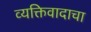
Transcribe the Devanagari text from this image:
व्यक्तिवादाचा